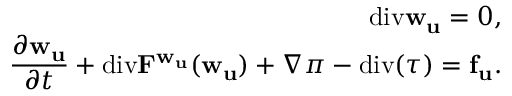
\begin{array} { r l r } & { } & { \mathrm { d i v } \mathbf { w } _ { \mathbf { u } } = 0 , } \\ & { } & { { \displaystyle \frac { \partial \mathbf { w } _ { \mathbf { u } } } { \partial t } } + { { \mathrm { d i v } \mathbf { { \cal F } ^ { \mathbf { w } _ { \mathbf { u } } } } ( \mathbf { w } _ { \mathbf { u } } } ) } + { \nabla \pi } - \mathrm { d i v } ( \tau ) = { \mathbf { f } _ { \mathbf { u } } } . } \end{array}